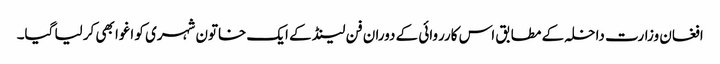
افغان وزارت داخلہ کے مطابق اس کارروائی کے دوران فن لینڈ کے ایک خاتون شہری کو اغوا بھی کر لیا گیا۔